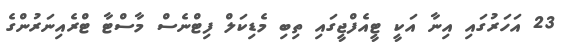
23 އަހަރުގައި އިނާ އަކީ ޓީއެފްޖީގައި ތިބި މެޑިކަލް ފިޓްނެސް މާސްޓާ ޓްރެއިނަރުންގެ